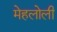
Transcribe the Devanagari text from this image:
मेहलोली